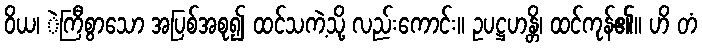
ဝိယ၊ ဲကြီစွာသော အပြစ်အစု၍ ထင်သကဲ့သို့ လည်းကောင်း။ ဥပဋ္ဌဟန္တိ၊ ထင်ကုန်၏။ ဟိ တံ